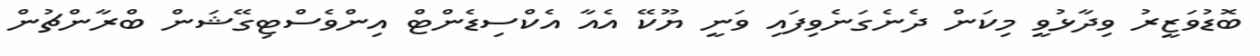
ބޮޑުުވަޒީރު ވިދާޅުވީ މިކަން ދެނެގަނެވިފައި ވަނީ ޔޫކޭ އެއާ އެކްސިޑެންޓް އިންވެސްޓިގޭޝަން ބްރާންޗުން